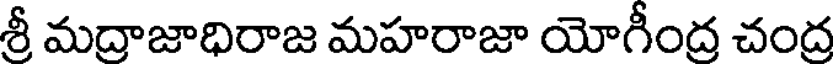
శ్రీ మద్రాజాధిరాజ మహరాజా యోగీంద్ర చంద్ర